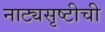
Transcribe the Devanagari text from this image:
नाट्यसृष्टीची